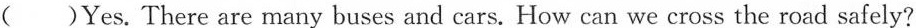
( )Yes. There are many buses and cars. How can we cross the road safely?